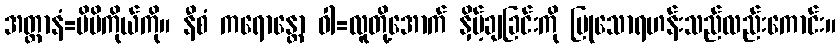
အတ္တာနံ=မိမိကိုယ်ကို။ နီစံ ကရောန္တော ဝါ=လူတို့အောက် နှိမ့်ချခြင်းကို ပြုသောရဟန်းသည်လည်းကောင်း။